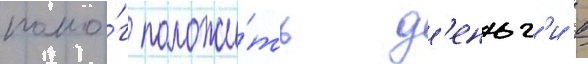
помо́г положи́ть д'еньг'и в